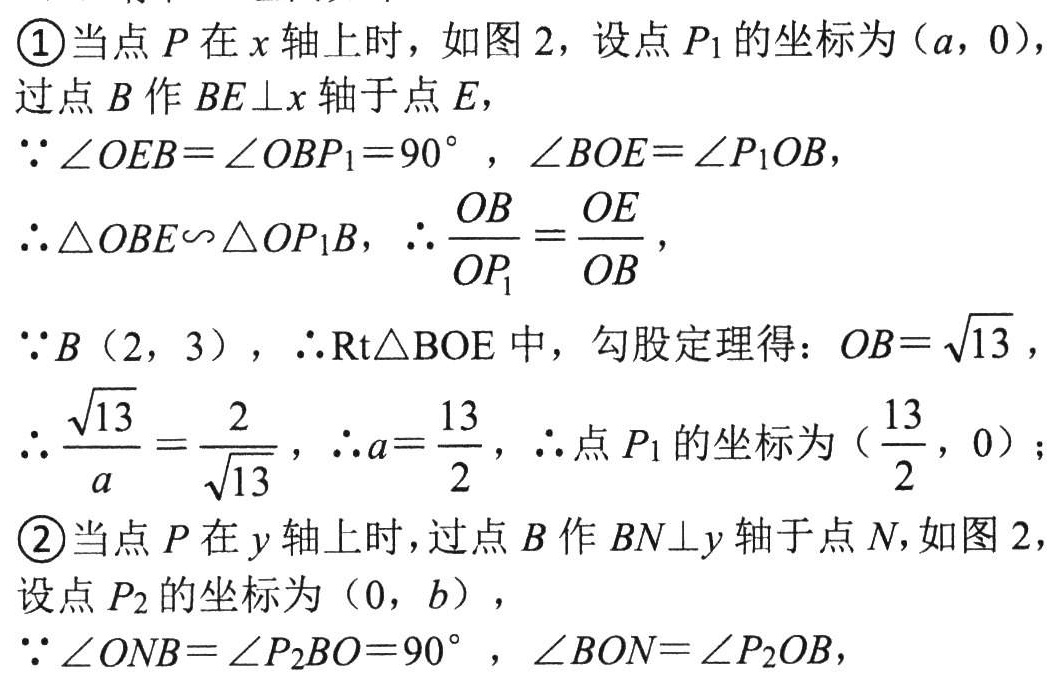
\textcircled{1}当点\(P\)在\(x\)轴上时，如图2，设点\(P_1\)的坐标为\((a,0)\)，
过点\(B\)作\(BE\perp x\)轴于点\(E\)，
\(\because\angle OEB = \angle OBP_1 = 90^{\circ}\)，\(\angle BOE=\angle P_1OB\)，
\(\therefore\triangle OBE\backsim\triangle OP_1B\)，\(\therefore\frac{OB}{OP_1}=\frac{OE}{OB}\)，
\(\because B(2,3)\)，\(\therefore\mathrm{Rt}\triangle BOE\)中，勾股定理得：\(OB = \sqrt{13}\)，
\(\therefore\frac{\sqrt{13}}{a}=\frac{2}{\sqrt{13}}\)，\(\therefore a=\frac{13}{2}\)，\(\therefore\)点\(P_1\)的坐标为\((\frac{13}{2},0)\)；
\textcircled{2}当点\(P\)在\(y\)轴上时，过点\(B\)作\(BN\perp y\)轴于点\(N\)，如图2，
设点\(P_2\)的坐标为\((0,b)\)，
\(\because\angle ONB=\angle P_2BO = 90^{\circ}\)，\(\angle BON=\angle P_2OB\)，